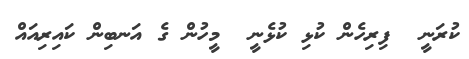
ކުރަނީ  ފިރިހެން ކުޅި ކުޅެނީ  މީހުން ގެ އަނބިން ކައިރިއައް